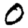
Digit: 0